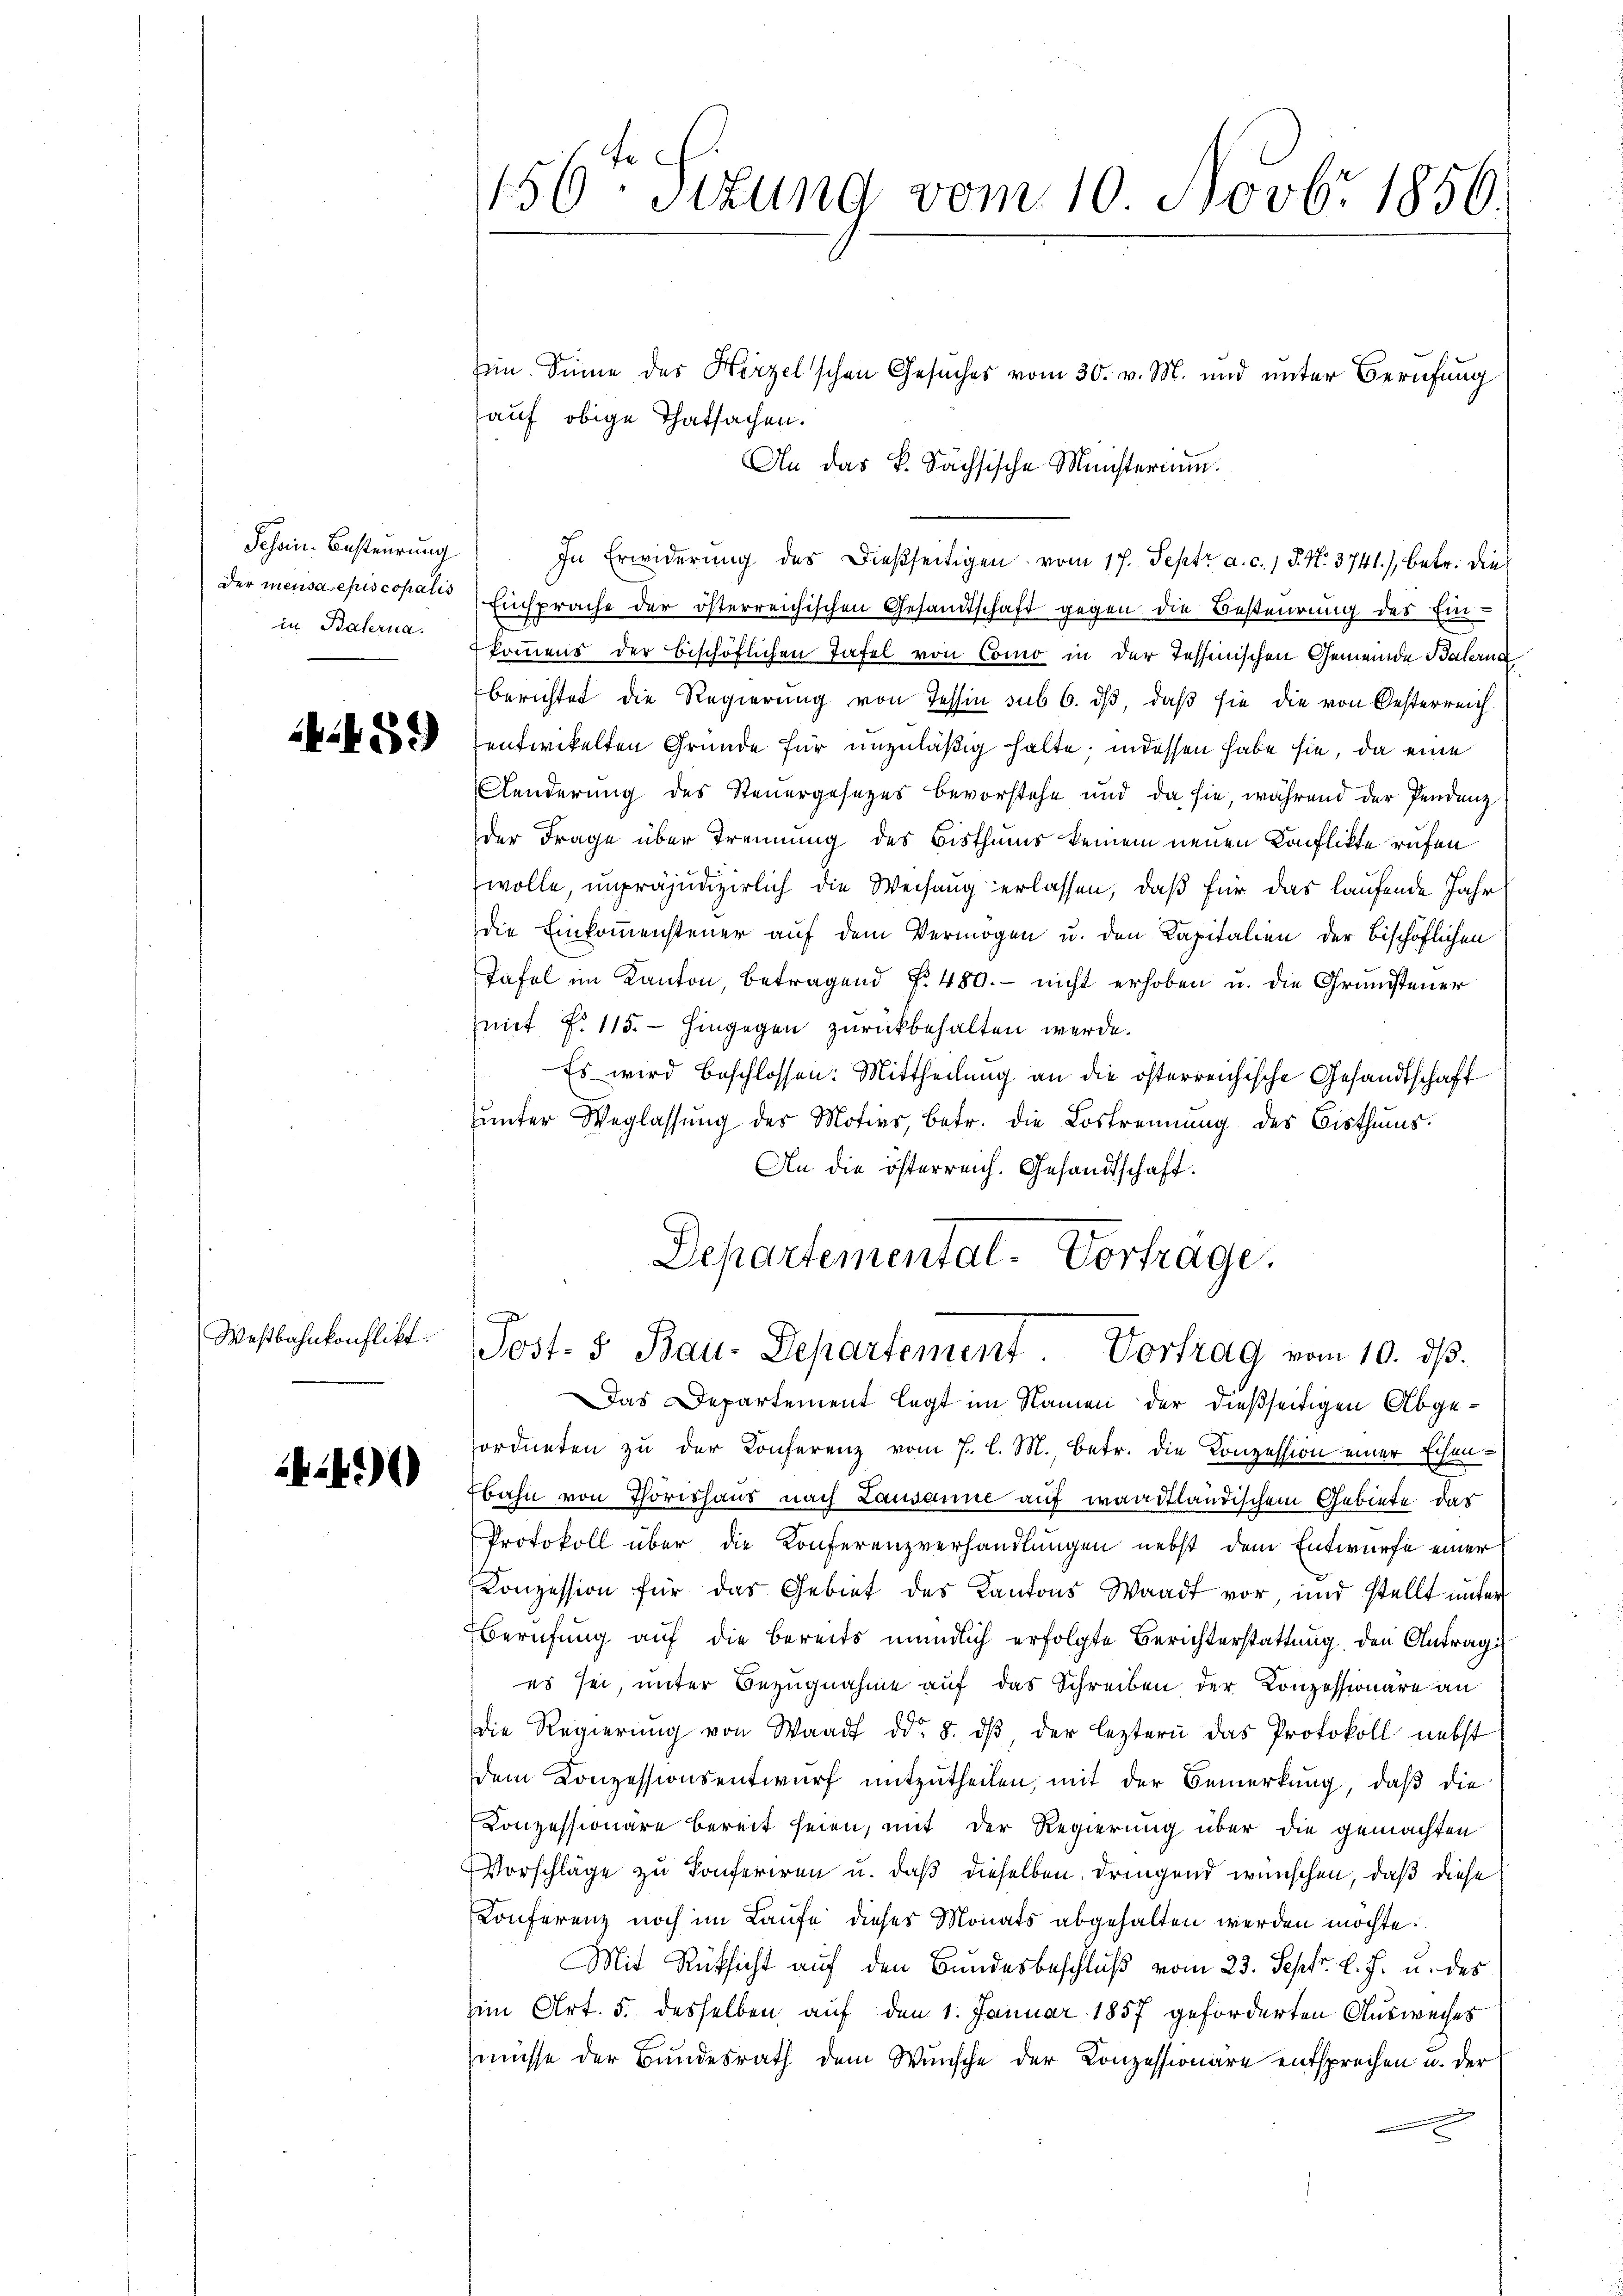
Schein Besteurung
Der mensa episcopalis
in Baterna.

59

Weßbahnkonflikt.

44

156ten Sizung vom 10. Novbr. 1856

Ein. Sinne des Hirzel’schen Gesuches vom 30. v. M. und unter Berufung
auf obige Thatsachen.
An das k. Sächsische Ministerium.
In Erwiderung des dießseitigen vom 17. Septr a. c. 1 S. N. 3741), betr. die
Einsprache der österreichischen Gesandtschaft gegen die Besteurung des Einkommens der beschöflichen Tafel von Como in der Tessinischen Gemeinde Balerna
berichtet die Regierung von Tessin sub 6. dβ, daß sie die von Oesterreich.
entwickelten Gründe für unzuläßig halte, indessen habe sie, da eine
Aenderung des Steuergesezes bevorstehe und da sie, während der Pendenz
der Frage über Trennung des Bisthums keinem neuen Konflikte rufen
wolle, unpräjudizierlich die Weisung erlassen, daß für das laufende Jahr
die Einkommensteuer auf dem Vermögen u. den Kapitalien der bischöflichen
Tafel im Kanton, betragend §. 480. - nicht erhoben u. die Grundsteuer
mit f. 115. hingegen zurückbehalten werde.
Es wird beschlossen: Mittheilung an die österreichische Gesandtschaft
zunter Weglassung des Motivs, betr. die Lostrennung des Bisthums.
An die österreich. Gesandtschaft.
Departemental-Vortrage.

Post- & Bau-Departement. Vortrag vom 10. dβ.

Das Departement legt im Namen der dießseitigen Abgeordneten zu der Conferenz vom 7. l. M., betr. die Konzession einer Eisen-
bahn von Thorishaus nach Lausanne auf waadtländischem Gebiete der
Protokoll über die Konferenzverhandlungen nebst dem Entwurfe einer
Konzession für das Gebiet des Kantons Waadt vor und stellt unter
Berufung auf die bereits mündlich erfolgte Berichterstattung den Antrag
es sei, unter Bezugnahme auf das Schreiben der Konzessionäre an
die Regierŭng von Waadt dd. 8. dβ, der leztern das Protokoll nebst
dem Conzessionsentwurf mitzutheilen, mit der Bemerkung, daß die
Conzessionare bereit seien, mit der Regierung über die gemachten
Vorschläge zu Conferiren u. daß dieselben dringend wünschen, daß diese
Conferenz noch im Laufe dieses Monats abgehalten werden möchte.
Mit Rücksicht auf den Bundesbeschluß vom 23. Sept. l. J. u. des
Zim Art. 5. desselben auf den 1. Januar 1857 geforderten Ausweises
müsse der Bundesrath dem Wunsche der Conzessionäre entsprechen u. der